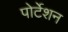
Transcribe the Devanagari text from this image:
पोर्टेशन